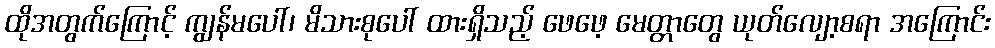
ထိုအတွက်ကြောင့် ကျွန်မပေါ်၊ မိသားစုပေါ် ထားရှိသည့် ဖေဖေ့ မေတ္တာတွေ ယုတ်လျော့စရာ အကြောင်း